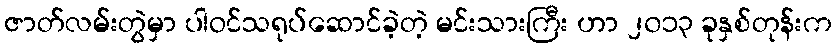
ဇာတ်လမ်းတွဲမှာ ပါဝင်သရုပ်ဆောင်ခဲ့တဲ့ မင်းသားကြီး ဟာ ၂၀၁၃ ခုနှစ်တုန်းက